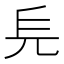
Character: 𠑿